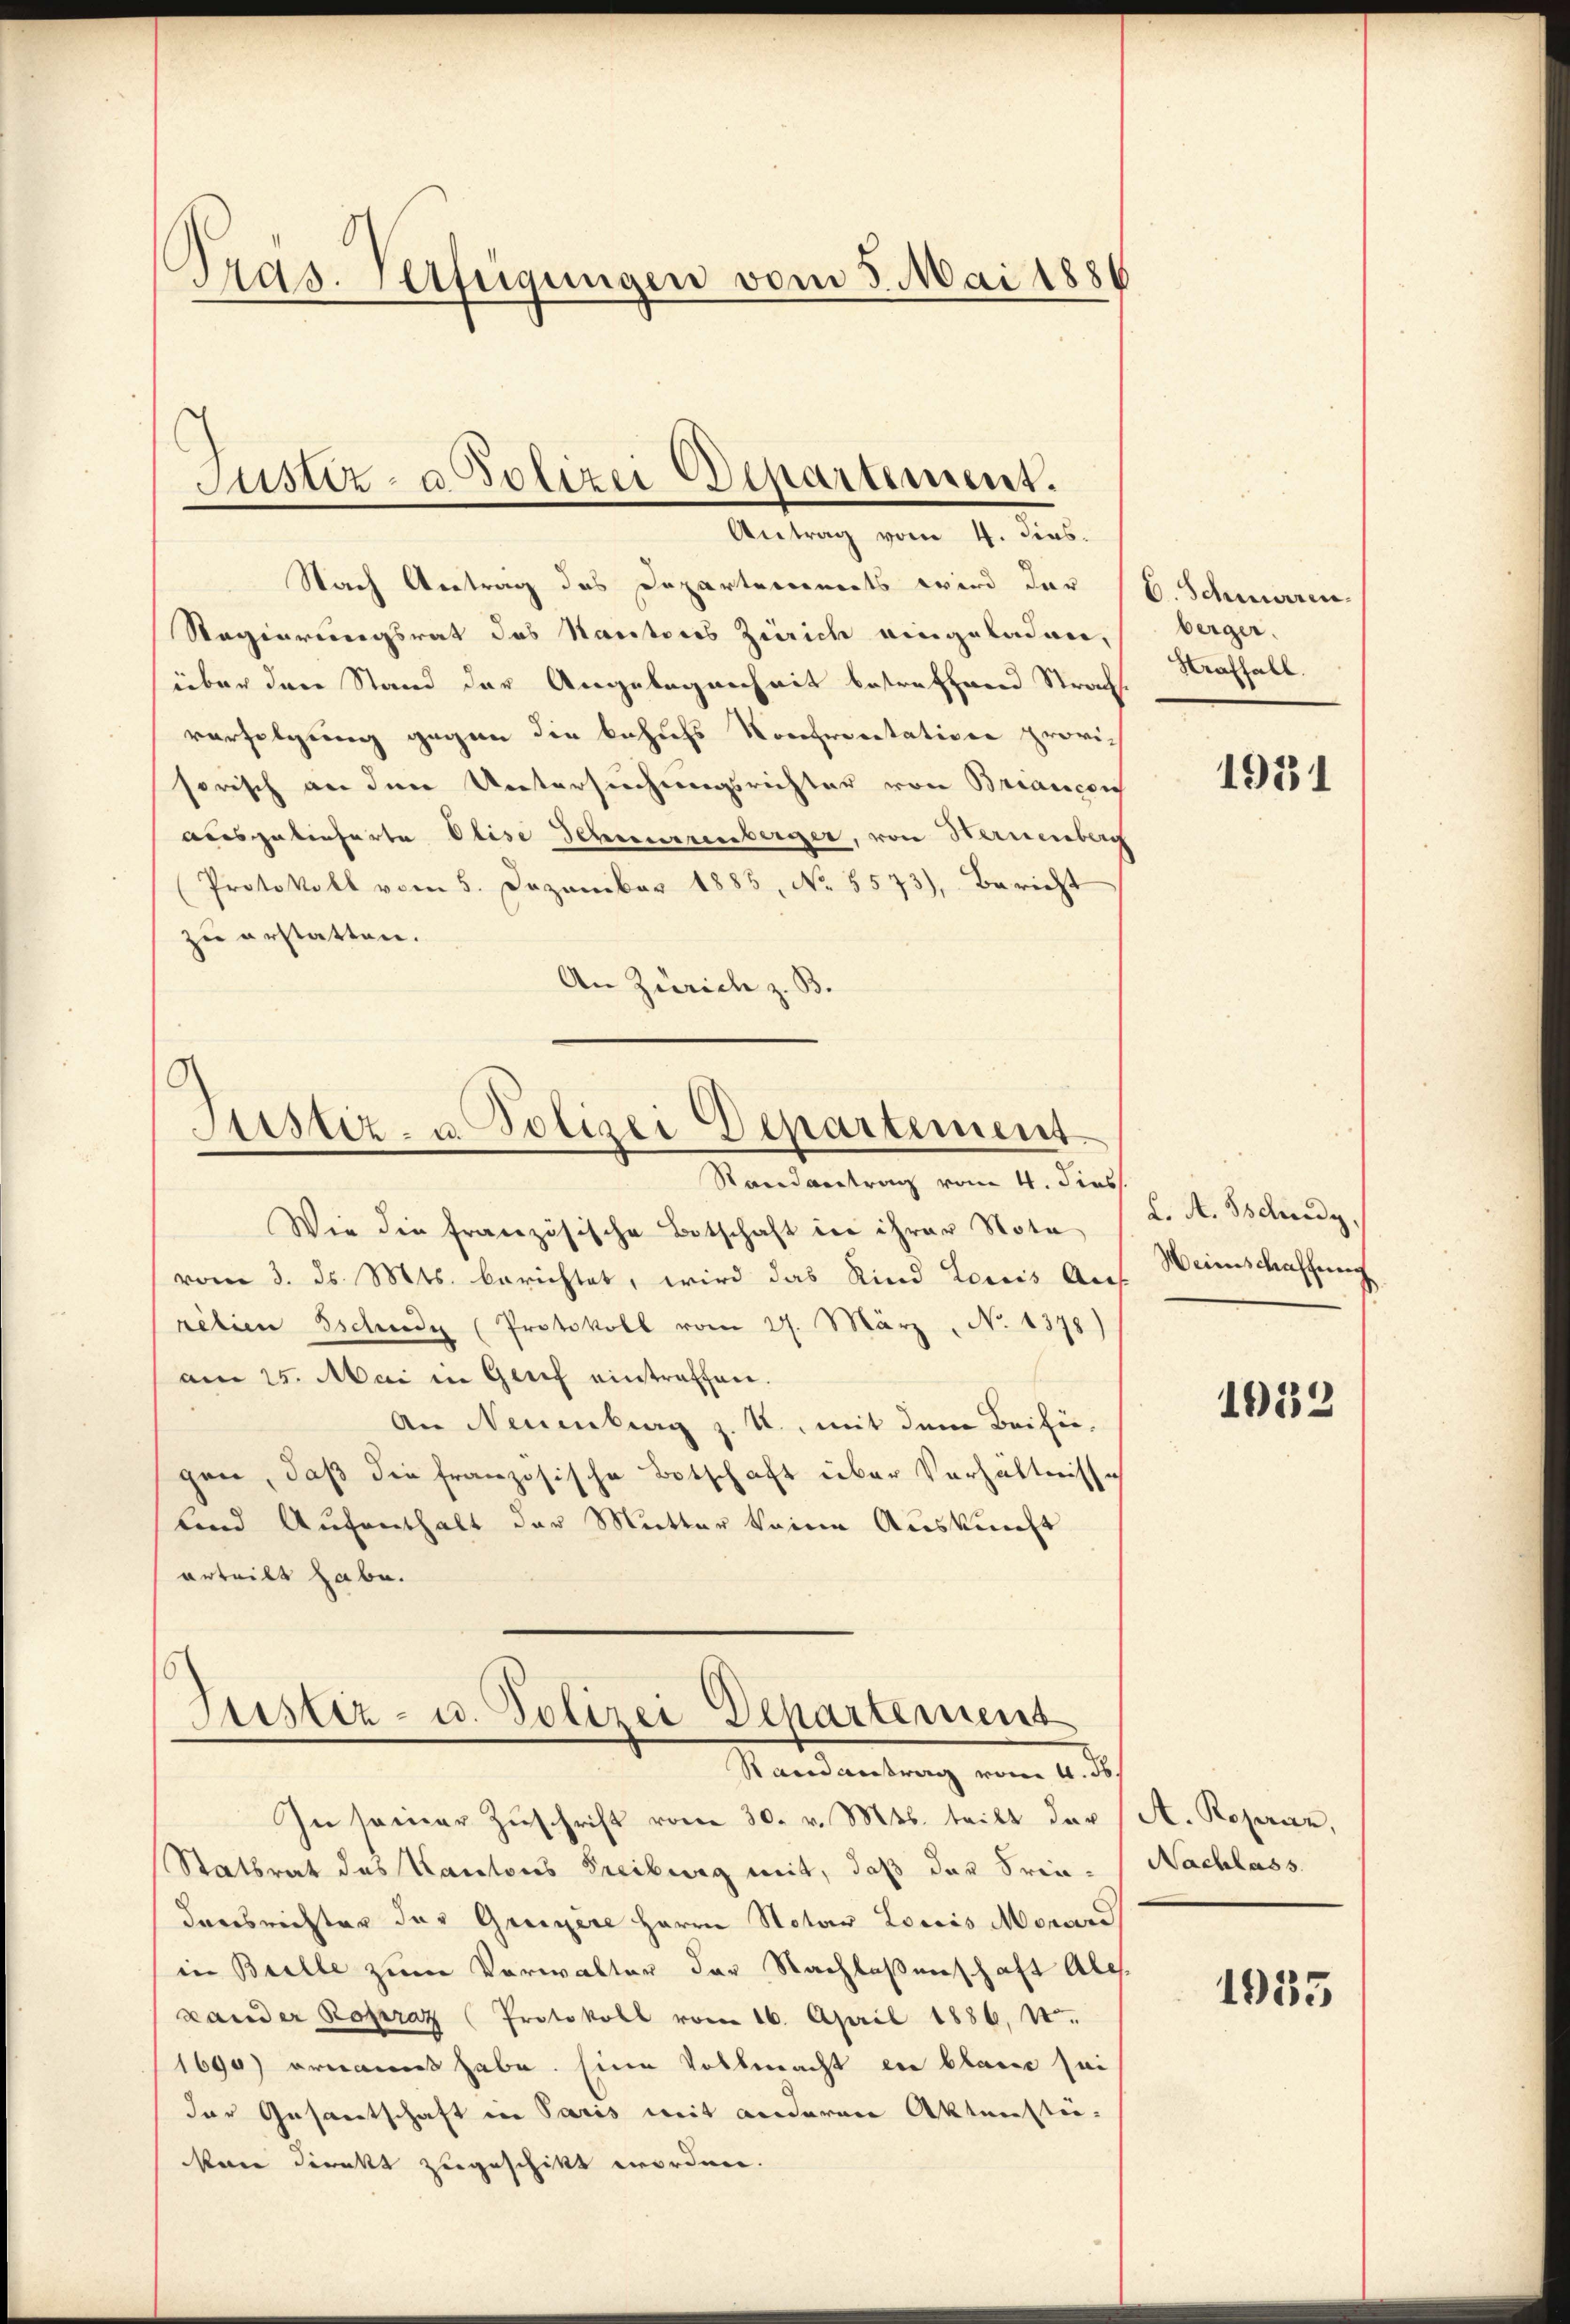
Pras. erfügungen vom 5. Mai 1886

Justiz- & Polizei Departement.
Antrag vom 4. Diens.

Nach Antrag des Departements wird der (S. Schwaren
Regierungsrat des Rautores Zürich eingeladen,
über den Stand der Angelegenheit bestrathend Strach
verfolgung gegen die behufs Kontreetation provi-
sorisch an den Untersuchungsrichter von Briancon
ausgelieferte Olise Sehnerrenberger, von Baumberg
Protokoll vom 5. Dezember 1885, No 8573), Bericht
zu erstatten.
An Zürich z. B.

Atistiz- u. Polizei Departement.
Randantrag vom 4. dies

Wie die französische Botschaft in ihrer Nota
vom 3. ds. Mts. berichtet, wird das Kind Louis Auf-
retien Eschedy (Protokoll vom 27. März No. 1378)
am 25. Mai in Genf eintraffen.
An Neuenburg z. U., mit dem Beifügen, daß die französische Botschaft über Verhältnisse
lind Aufenthalt der Mutter keine Auskunft
vrteilt habe.

Justiz- u. Polizei Departement
Randantrag vom 4. ds.

In samer Zŭschrift vom 30. v. Mts. teilt der (A. Reparaz,
Statsrat des Kantons Freiburg mit, daß das Friedensrichter der Greuere Herrn Notar Louis Monard
in Bulle zum Verwalter der Nachlaßenschaft Ales.
Lander Ropraz (Protokoll vom 16. April 1886, 12.
1690) ernannt habe. Eine Vollmacht ein blaue sei
der Gesantschaft in Paris mit anderen Aktensti-
kan direkt zugeschikt worden.

berger.
Straffall.

1931

L. A. Tschudy
Weinschaffung

1032

Nachlass.

1935